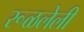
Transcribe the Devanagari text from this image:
रूळलेली